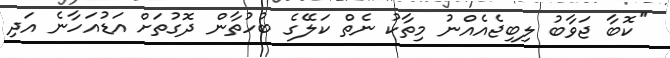
''ކޮބާ ޖަވާބު ލިބިޖެއެއްނު މިތާކު ނެތް ކަލޭގެ ބުހުތާން ދޮގުތަށް އަޑުއަހާނެ އަދި